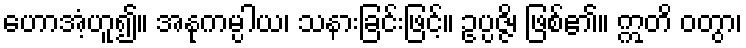
ဟောအံ့ဟူ၍။ အနုကမ္ပါယ၊ သနားခြင်းဖြင့်။ ဥပ္ပဇ္ဇိ၊ ဖြစ်၏။ ဣတိ ဝတွာ၊